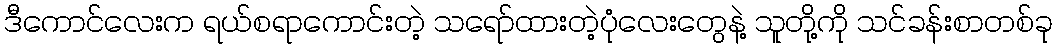
ဒီကောင်လေးက ရယ်စရာကောင်းတဲ့ သရော်ထားတဲ့ပုံလေးတွေနဲ့ သူတို့ကို သင်ခန်းစာတစ်ခု